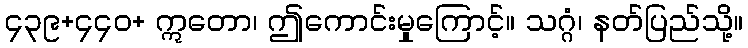
၄၃၉+၄၄၀+ ဣတော၊ ဤကောင်းမှုကြောင့်။ သဂ္ဂံ၊ နတ်ပြည်သို့။